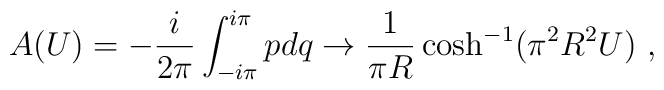
A(U)= -{i\over 2\pi}\int_{-i\pi}^{i\pi} pdq \rightarrow {1\over \pi R}\cosh^{-1}(\pi^2 R^2 U)  \ ,